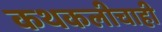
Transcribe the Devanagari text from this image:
कथकलीचाही